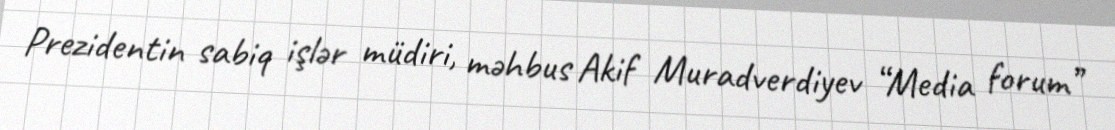
Prezidentin sabiq işlər müdiri, məhbus Akif Muradverdiyev “Media forum”